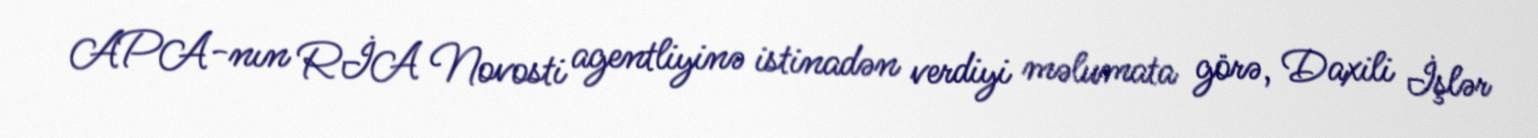
APA-nın RİA Novosti agentliyinə istinadən verdiyi məlumata görə, Daxili İşlər